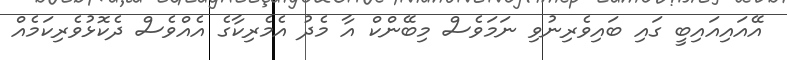
އޭއައިއައިބީ ގައި ބައިވެރިނުވި ނަމަވެސް މިބޭންކް އާ މެދު އެމެރިކާގެ އެއްވެސް ދެކޮޅުވެރިކަމެއް